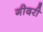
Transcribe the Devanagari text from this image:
गीदरी